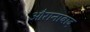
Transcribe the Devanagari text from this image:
औरानाबाद